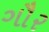
ગૌર